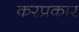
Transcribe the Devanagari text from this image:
करप्रकार